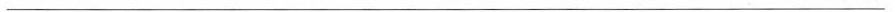
___